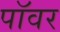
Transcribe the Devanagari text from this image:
पाॅवर